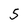
Character: 5